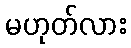
မဟုတ်လား